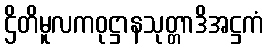
ဌိတိမူလကဝုဋ္ဌာနသုတ္တာဒိအဋ္ဌကံ